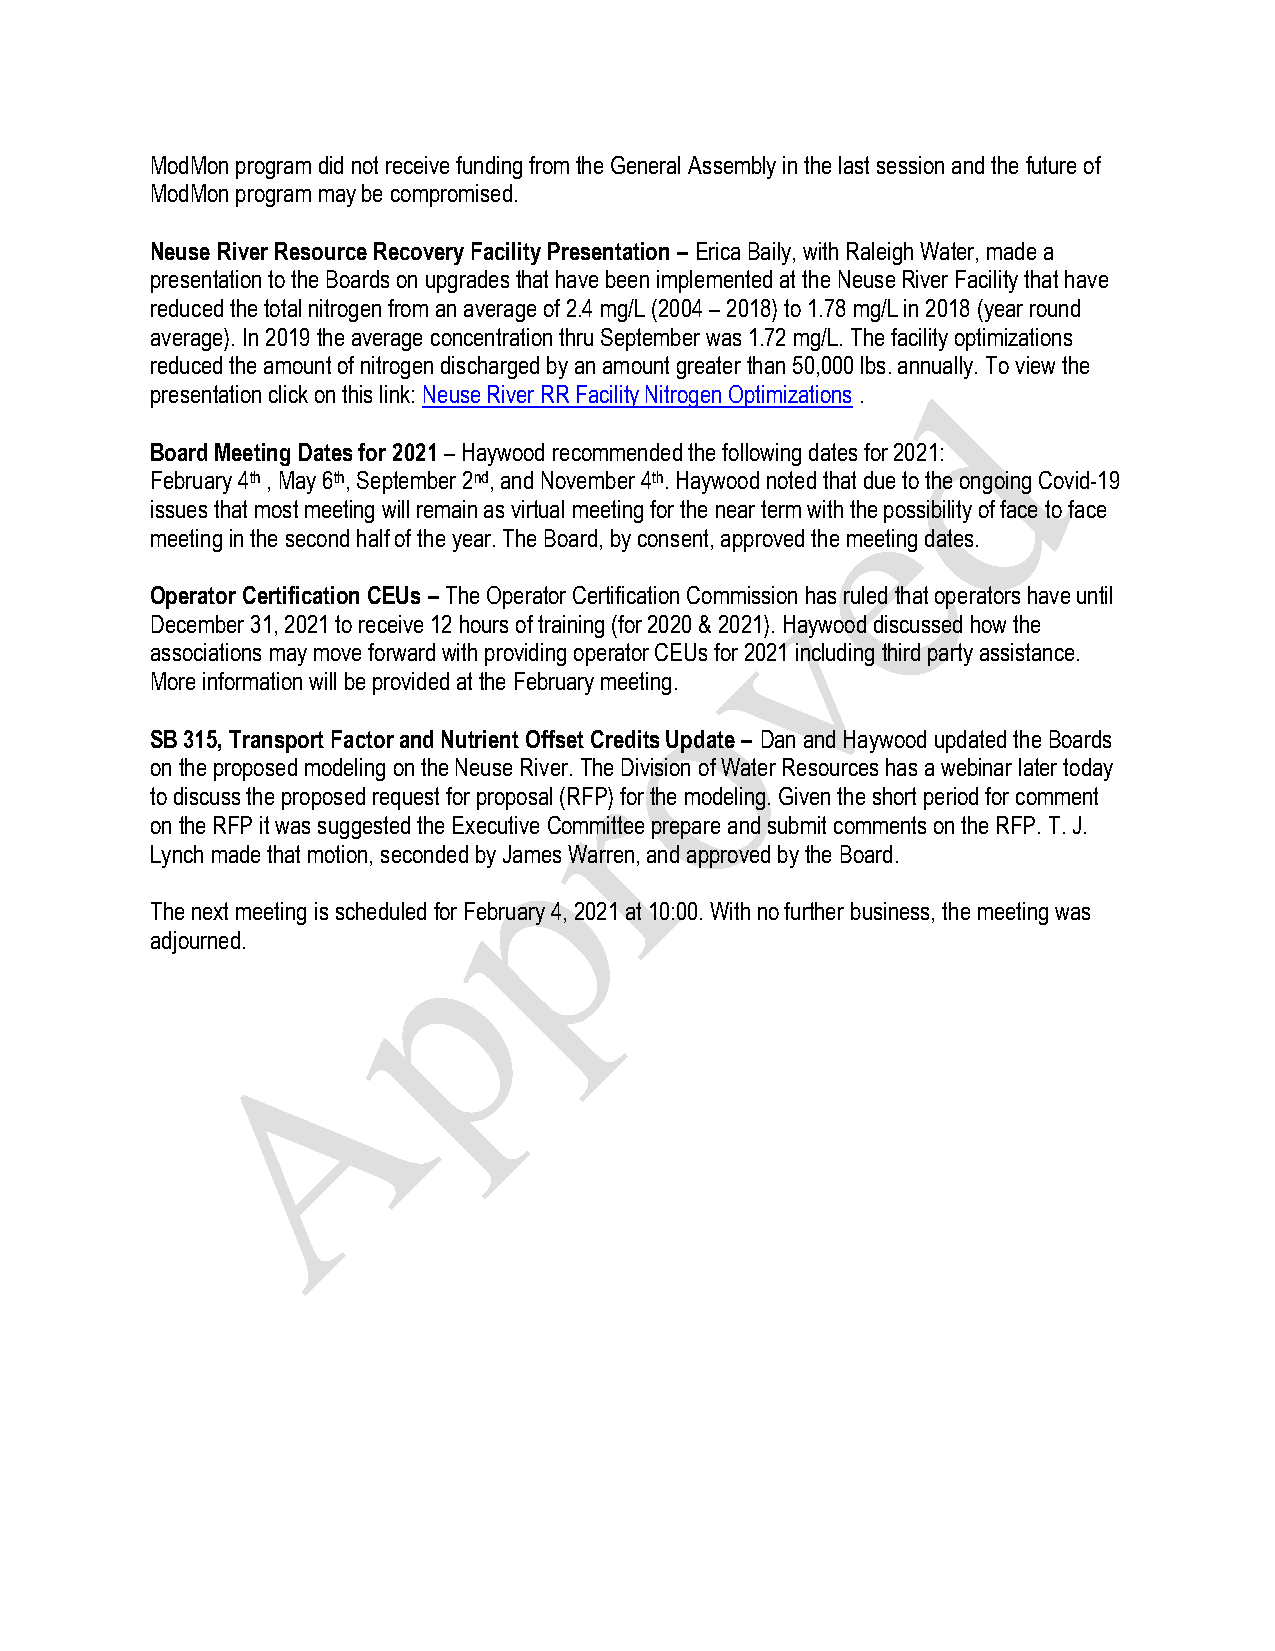
ModMon program did not receive funding from the General Assembly in the last session and the future of
 ModMon program may be compromised.
 Neuse River Resource Recovery Facility Presentation – Erica Baily, with Raleigh Water, made a
 presentation to the Boards on upgrades that have been implemented at the Neuse River Facility that have
 reduced the total nitrogen from an average of 2.4 mg/L (2004 – 2018) to 1.78 mg/L in 2018 (year round
 average). In 2019 the average concentration thru September was 1.72 mg/L. The facility optimizations
 reduced the amount of nitrogen discharged by an amount greater than 50,000 lbs. annually. To view the
 presentation click on this link: Neuse River RR Facility Nitrogen Optimizations .
 Board Meeting Dates for 2021 – Haywood recommended the following dates for 2021:
 February 4th , May 6th, September 2nd, and November 4th. Haywood noted that due to the ongoing Covid-19
 issues that most meeting will remain as virtual meeting for the near term with the possibility of face to face
 meeting in the second half of the year. The Board, by consent, approved the meeting dates.
 Operator Certification CEUs – The Operator Certification Commission has ruled that operators have until
 December 31, 2021 to receive 12 hours of training (for 2020 & 2021). Haywood discussed how the
 associations may move forward with providing operator CEUs for 2021 including third party assistance.
 More information will be provided at the February meeting.
 SB 315, Transport Factor and Nutrient Offset Credits Update – Dan and Haywood updated the Boards
 on the proposed modeling on the Neuse River. The Division of Water Resources has a webinar later today
 to discuss the proposed request for proposal (RFP) for the modeling. Given the short period for comment
 on the RFP it was suggested the Executive Committee prepare and submit comments on the RFP. T. J.
 Lynch made that motion, seconded by James Warren, and approved by the Board.
 The next meeting is scheduled for February 4, 2021 at 10:00. With no further business, the meeting was
 adjourned.